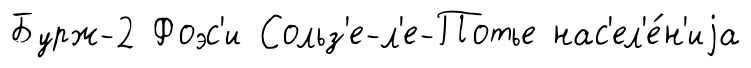
Бурж-2 Фоэс'и Сольз'е-л'е-Потье нас'ел'е́н'иjа